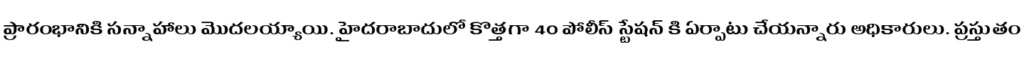
ప్రారంభానికి సన్నాహాలు మొదలయ్యాయి. హైదరాబాదులో కొత్తగా 40 పోలీస్ స్టేషన్ కి ఏర్పాటు చేయన్నారు అధికారులు. ప్రస్తుతం